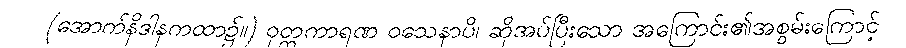
(အောက်နိဒါနကထာ၌။) ဝုတ္တကာရဏ ဝသေနာပိ၊ ဆိုအပ်ပြီးသော အကြောင်း၏အစွမ်းကြောင့်